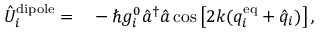
\begin{array} { r l } { \hat { U } _ { i } ^ { \mathrm { d i p o l e } } = } & { { } - \hbar g _ { i } ^ { 0 } \hat { a } ^ { \dagger } \hat { a } \cos \left[ 2 k ( q _ { i } ^ { \mathrm { e q } } + \hat { q } _ { i } ) \right] , } \end{array}